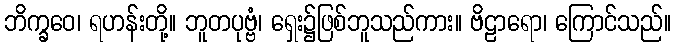
ဘိက္ခဝေ၊ ရဟန်းတို့။ ဘူတပုဗ္ဗံ၊ ရှေး၌ဖြစ်ဘူသည်ကား။ ဗိဠာရော၊ ကြောင်သည်။